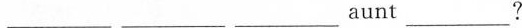
___ ___ ___ aunt___?